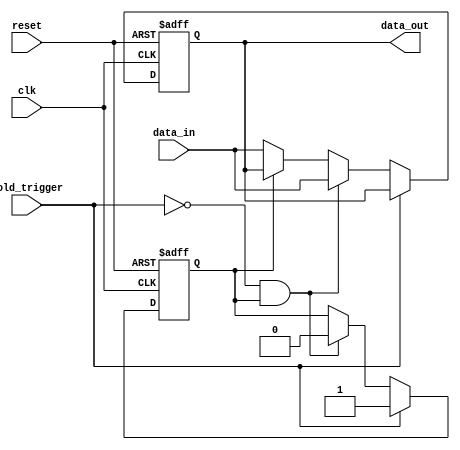
module hold_condition (
    input wire clk,              // Clock signal
    input wire reset,            // Reset signal
    input wire hold_trigger,     // Input signal to trigger hold condition
    input wire [7:0] data_in,    // Input data signal
    output reg [7:0] data_out    // Output data signal
);

    // State variable to indicate hold condition
    reg hold_state;

    // Initial conditions
    initial begin
        data_out = 8'b0;         // Initialize output to zero
        hold_state = 1'b0;       // Initially not in hold state
    end

    // Always block triggered on clock edge
    always @(posedge clk or posedge reset) begin
        if (reset) begin
            // Reset condition: clear hold state and output
            hold_state <= 1'b0;
            data_out <= 8'b0;
        end else if (hold_trigger) begin
            // Trigger hold condition
            hold_state <= 1'b1;
        end else if (!hold_trigger && hold_state) begin
            // Release hold condition
            hold_state <= 1'b0;
            data_out <= data_in;   // Update output with new input value
        end else if (!hold_state) begin
            // Normal operation: update output with input value
            data_out <= data_in;
        end
    end

endmodule